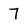
Character: 7